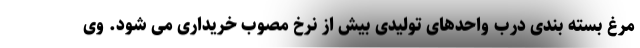
مرغ بسته بندی درب واحدهای تولیدی بیش از نرخ مصوب خریداری می شود. وی